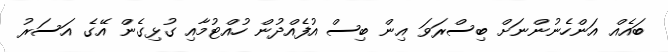
ބައެއް އަންހެނުންނަށް ބިސްރަވަ އިން ބިސް އުފެއްދުން ހުއްޓުމާއި ގުޅިގެން އޭގެ އަސަރު